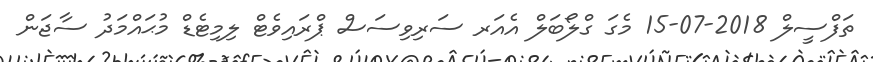
ތަފްސީލް 2018-07-15 މެގަ ގްލޯބަލް އެއަރ ސަރިވިސަސް ޕްރައިވެޓް ލިމިޓެޑް މުޙައްމަދު ސާޖަން